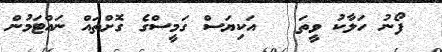
ފޯނު ހަލާކު ވީތަ   އަކިޔަސް ގަމީސްގެ ގޮށްތައް ނައްޓަމުން